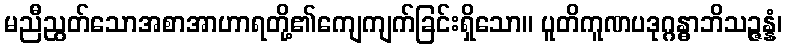
မညီညွတ်သောအစာအာဟာရတို့၏ကျေကျက်ခြင်းရှိသော။ ပူတိကူဏပဒုဂ္ဂန္ဓာဘိသဉ္ဇန္နံ၊